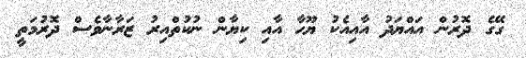
ގޭގެ ދޮރުން އައްޔަދު އާއިއެކު ޔޫހާ އާއި ކިޔާން ނުކުތްއިރު ޒަރާނާވެސް ދޮރުމަތީ